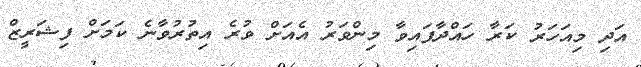
އަދި މިއަހަރު ކަރާ ހައްދާފައިވާ މިންވަރު އެއަށް ވުރެ އިތުރުވާނެ ކަމަށް ފިޝަރީޒް